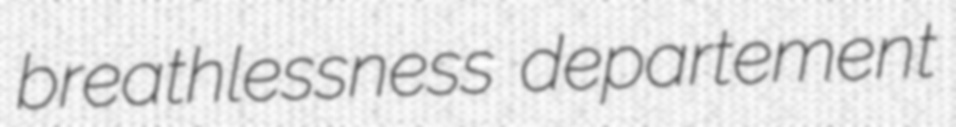
breathlessness departement